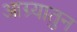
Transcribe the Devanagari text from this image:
आग्र्यातुन